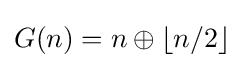
G(n)=n\oplus \lfloor n/2\rfloor